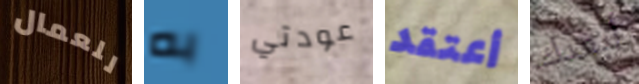
للعمال به عودتي أعتقد أبعدك